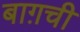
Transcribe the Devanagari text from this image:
बाग़ची